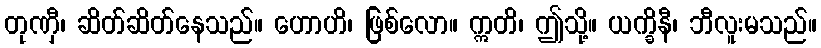
တုဏှီ၊ ဆိတ်ဆိတ်နေသည်။ ဟောဟိ၊ ဖြစ်လော။ ဣတိ၊ ဤသို့။ ယက္ခိနီ၊ ဘီလူးမသည်။